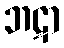
ဘဋာ